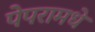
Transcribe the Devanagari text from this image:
पेपरामधे